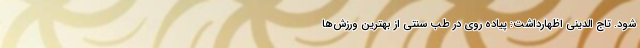
شود. تاج الدینی اظهارداشت: پیاده روی در طب سنتی از بهترین ورزش‌ها